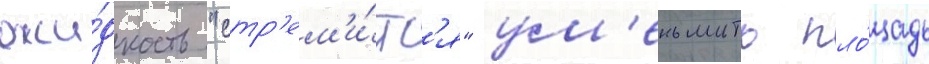
жи́дкость "стр'ем'и́тс'я" ум'еньшить пло́щадь